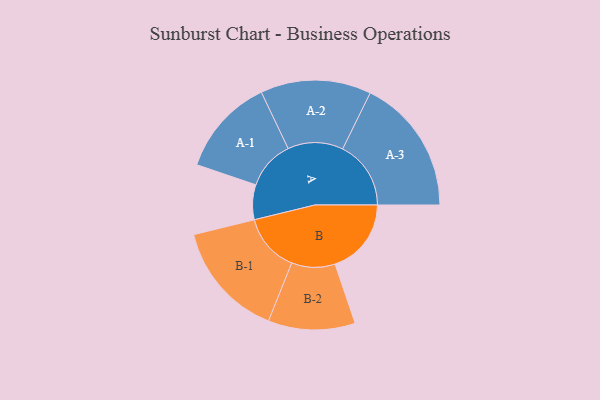
{"axis": {"x": "Segment", "y": "Value"}, "legend": ["", "A", "B"], "data": [{"x": "A", "y": 153, "type": ""}, {"x": "B", "y": 335, "type": ""}, {"x": "A-1", "y": 215, "type": "A"}, {"x": "A-2", "y": 243, "type": "A"}, {"x": "A-3", "y": 300, "type": "A"}, {"x": "B-1", "y": 256, "type": "B"}, {"x": "B-2", "y": 191, "type": "B"}]}